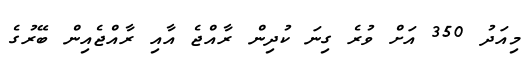
މިއަދު 350 އަށް ވުރެ ގިނަ ކުދިން ރާއްޖެ އާއި ރާއްޖެއިން ބޭރުގެ